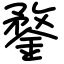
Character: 鍪